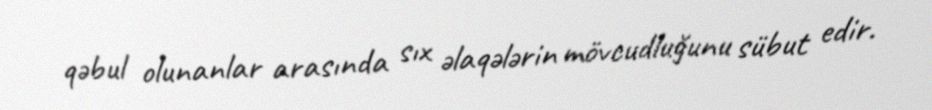
qəbul olunanlar arasında sıx əlaqələrin mövcudluğunu sübut edir.